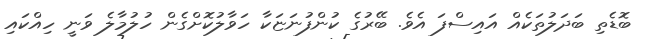
ބޮޑެތި ބަދަލުތަކެއް އައިސްފަ އެވެ. ބޭރުގެ ކުންފުނަޏަކާ ހަވާލުކޮށްގެން ހުލުމާލެ ވަނީ ހިއްކައި